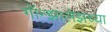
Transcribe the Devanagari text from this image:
गॉन्झालेझच्या